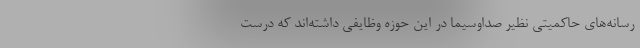
رسانه‌های حاکمیتی نظیر صداوسیما در این حوزه وظایفی داشته‌اند که درست